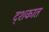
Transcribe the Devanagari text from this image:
द्शकात